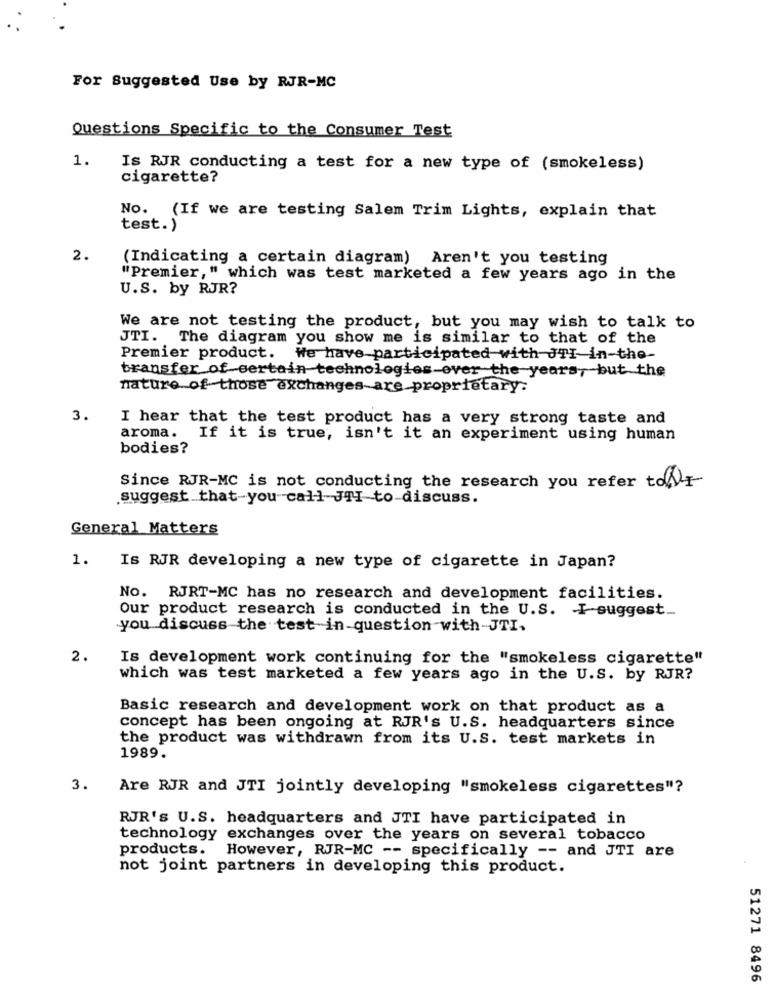
For Suggested Use by RJR-MC
Questions Specific to the Consumer Test
1.
Is RJR conducting a test for a new type of (smokeless)
cigarette?
No. (If we are testing Salem Trim Lights, explain that
test.)
2.
(Indicating a certain diagram) Aren't you testing
"Premier," which was test marketed a few years ago in the
U.S. by RJR?
We are not testing the product, but you may wish to talk to
JTI. The diagram you show me is similar to that of the
Premier product. We have participated with JT1-in-the-
transfer of certain technologies-over the years, but the
nature of those exchanges-are proprietary.
3.
I hear that the test product has a very strong taste and
aroma. If it is true, isn't it an experiment using human
bodies?
Since RJR-MC is not conducting the research you refer tofly
suggest that-you call-JTI-to-discuss.
General Matters
1.
Is RJR developing a new type of cigarette in Japan?
No. RJRT-MC has no research and development facilities.
Our product research is conducted in the U.S. I suggest.
you discuss the test in question with-JTI.
2.
Is development work continuing for the "smokeless cigarette"
which was test marketed a few years ago in the U.S. by RJR?
Basic research and development work on that product as a
concept has been ongoing at RJR's U.S. headquarters since
the product was withdrawn from its U.S. test markets in
1989.
3.
Are RJR and JTI jointly developing "smokeless cigarettes"?
RJR's U.S. headquarters and JTI have participated in
technology exchanges over the years on several tobacco
products.
However, RJR-MC -- specifically -- and JTI are
not joint partners in developing this product.
51271 8496